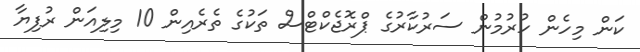
ކަން މިހެން ހުރުމުން ސަރުކާރުގެ ޕްރޮޖެކްޓްސް ތަކުގެ ތެރެއިން 10 މިލިއަން ރުފިޔާ